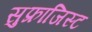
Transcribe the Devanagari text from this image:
सुफ्राजिस्ट